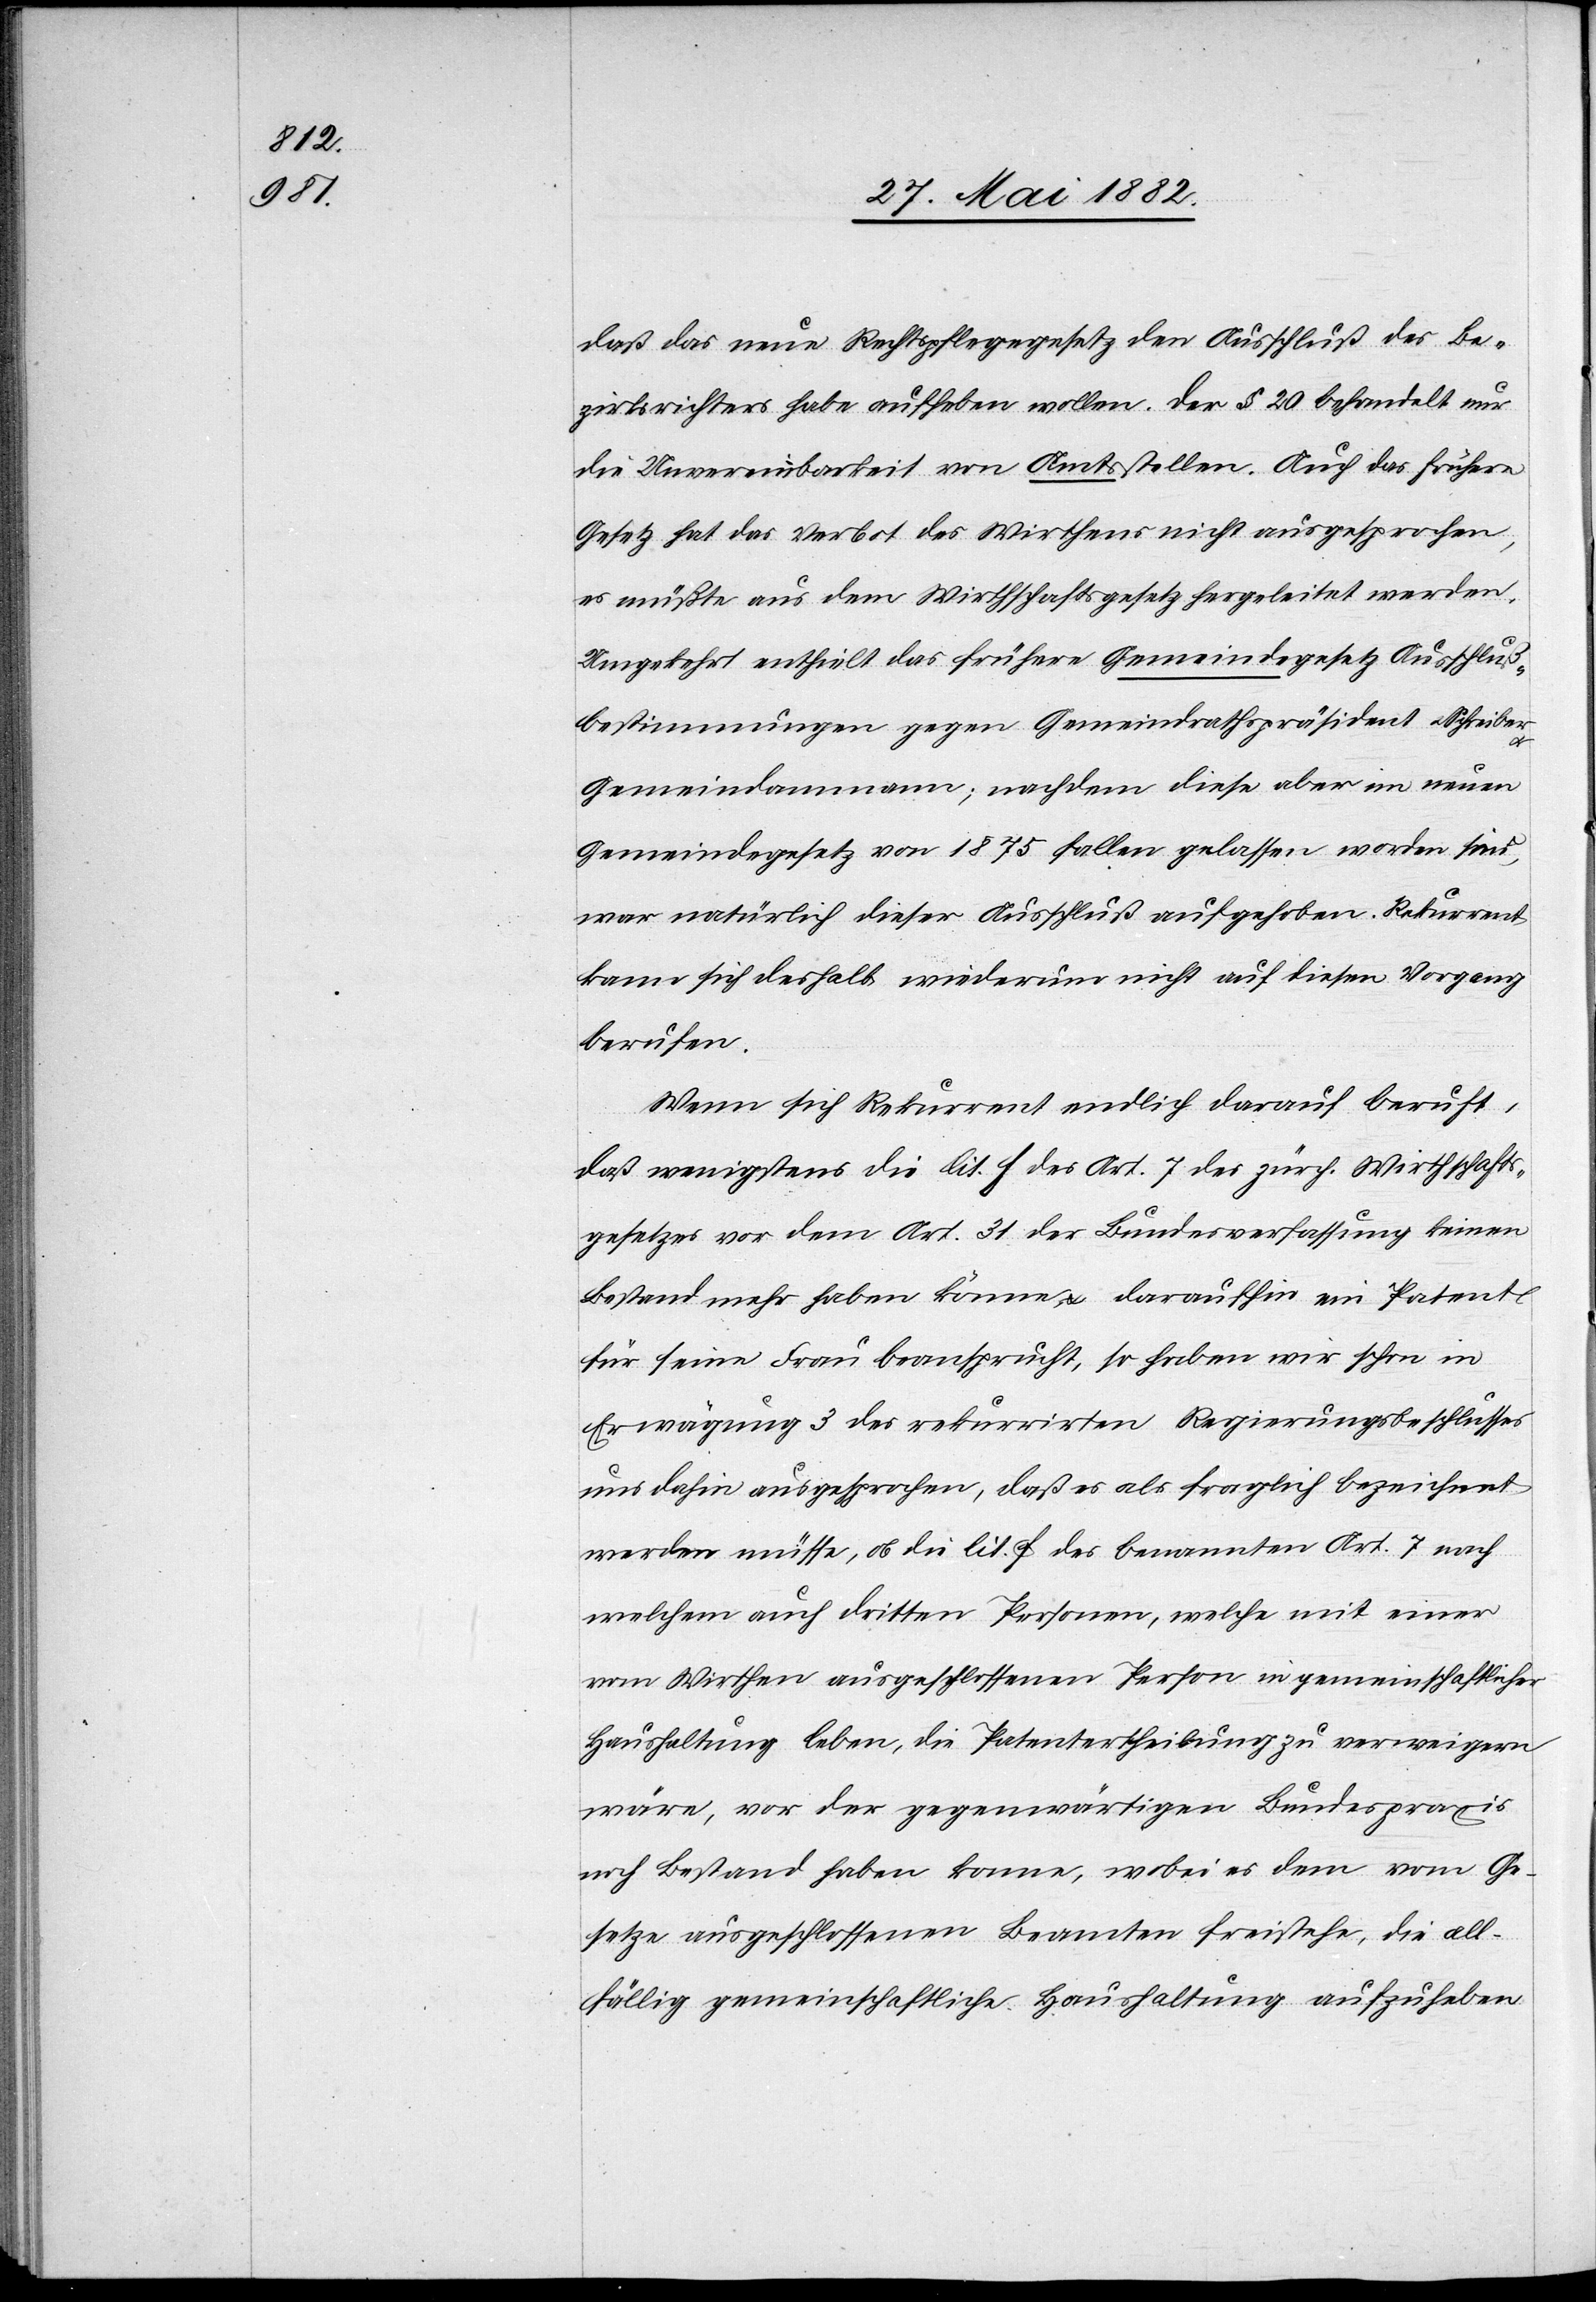
daß das neue Rechtspflegegesetz den Ausschluß des Be¬
zirksrichters habe aufheben wollen. Der § 20 behandelt nur
die Unvereinbarkeit von Amtsstellen. Auch das höhere
Gesetz hat das Verbot des Wirthens nicht ausgesprochen,
es müßte aus dem Wirthschaftsgesetz hergleitet werden.
Umgekehrt ertheilt das frühere Gemeindegesetz Ausschluß¬
bestimmungen gegen Gemeindrathspräsident u. Schreiber
Gemeindammann; nachdem diese aber im neuen
Gemeindegesetz von 1875 fallen gelassen worden sind,
war natürlich dieser Ausschluß aufgehoben. Rekurrent
kann sich deshalb wiederum nicht auf diesen Vorgang
berufen.
Wenn sich Rekurrent endlich darauf beruft,
daß wenigstens die lit. f des Art. 7 des zürch. Wirthschafts¬
gesetzes vor dem Art. 31 der Bundesverfassung keinen
Bestand mehr haben könnte, & daraufhin ein Patent
für seine Frau beansprucht, so haben wir schon in
Erwägung 3 des rekurrirten Regierungsbeschlusses
uns dahin ausgesprochen, daß es als fraglich bezeichnet
werden müsse, ob die lit. f des benannten Art. 7 nach
welchem auch dritten Personen, welche mit einer
vom Wirthen ausgeschlossenen Person in gemeinschaftlicher
Haushaltung leben. die Patentertheilung zu verweigern
wäre, vor der gegenwärtigen Bundespraxi¬
s Bestand haben könne, wobei es dem vom Ge¬
setze ausgeschlossenen Beamten freistehe, die all¬
fällig gemeinschaftliche Haushaltung aufzuheben